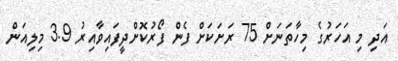
އަދި މި އަހަރުގެ މިހާތަނަށް 75 ރަށަކަށް ފެން ފޯރުކޮށްދީފައިވާއިރު 3.9 މިލިއަން